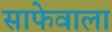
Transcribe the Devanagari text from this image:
साफेवाला